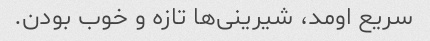
سریع اومد، شیرینی‌ها تازه و خوب بودن.